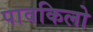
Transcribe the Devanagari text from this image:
पावकिलो